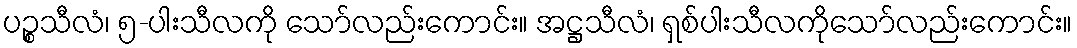
ပဉ္စသီလံ၊ ၅-ပါးသီလကို သော်လည်းကောင်း။ အဋ္ဌသီလံ၊ ရှစ်ပါးသီလကိုသော်လည်းကောင်း။